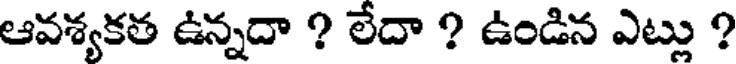
ఆవశ్యకత ఉన్నదా ? లేదా ? ఉండిన ఎట్లు ?